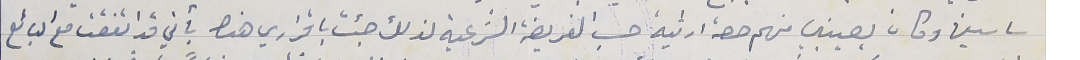
ساسين وكان يصيبني منهم حصة ارثية حسب الفريضة الشرعية لذلك جئت باقراري هذا بأني قد اتفقت مع البائع